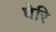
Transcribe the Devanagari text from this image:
घेरि